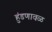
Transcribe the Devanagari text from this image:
हुंडणावळ